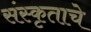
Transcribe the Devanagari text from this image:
संस्कृताचे